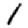
Digit: 1